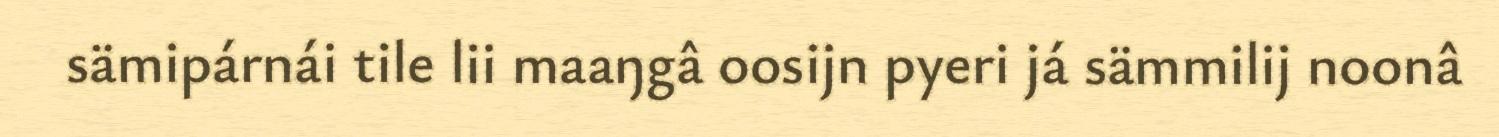
sämipárnái tile lii maaŋgâ oosijn pyeri já sämmilij noonâ